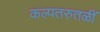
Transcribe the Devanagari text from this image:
कल्पतरुतळीं